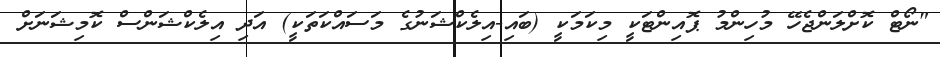
"ނޯޓް ކޮށްލަންޖެހޭ މުހިންމު ޕޮއިންޓަކީ މިކަމަކީ (ބައި-އިލެކްޝަނުގެ މަސައްކަތަކީ) އަދި އިލެކްޝަންސް ކޮމިޝަނަށް